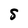
Character: S